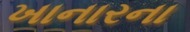
ખાનારના